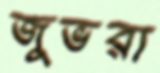
জুভরা